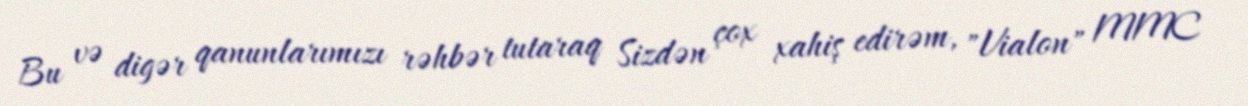
Bu və digər qanunlarımızı rəhbər tutaraq Sizdən çox xahiş edirəm, "Vialon" MMC